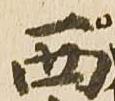
西